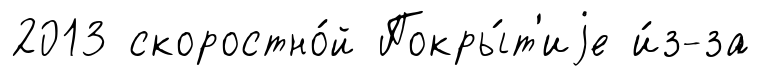
2013 скоростно́й Покры́т'иjе и́з-за